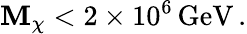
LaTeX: \mathbf{M}_{\chi}<2\times10^{6}\, \mathrm{{GeV}}\, .